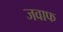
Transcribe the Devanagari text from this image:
जवाफ